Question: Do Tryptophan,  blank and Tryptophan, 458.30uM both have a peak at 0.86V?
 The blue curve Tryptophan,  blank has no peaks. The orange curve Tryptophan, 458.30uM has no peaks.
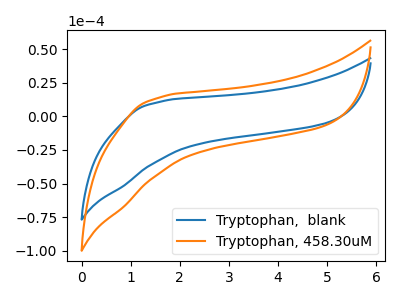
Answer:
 <answer>No, "Tryptophan,  blank" and "Tryptophan, 458.30uM" dont share a peak at 0.86V.</answer>
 <eval>mismatch</eval>